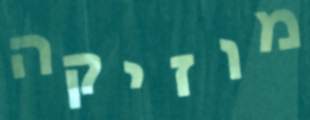
מוזיקה